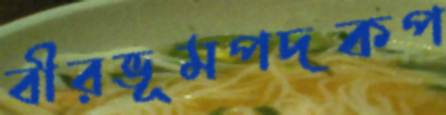
বীরভূমপদকপ